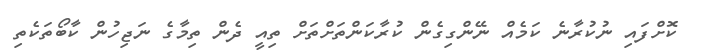
ކޮށްފައި ނުކުރާނެ ކަމެއް ނޭންގިގެން ކުރާކަންތަށްތަށް ތިއީ ދެން ތިމާގެ ނަޖިހުން ކާބޯތަކެތި